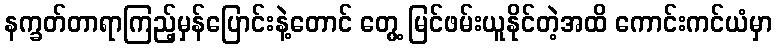
နက္ခတ်တာရာကြည့်မှန်ပြောင်းနဲ့တောင် တွေ့ မြင်ဖမ်းယူနိုင်တဲ့အထိ ကောင်းကင်ယံမှာ